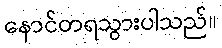
နောင်တရသွားပါသည်။